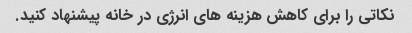
نکاتی را برای کاهش هزینه های انرژی در خانه پیشنهاد کنید.